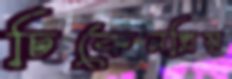
চিকেনপ্রিয়